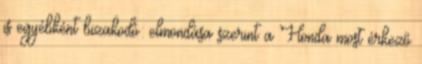
is egyébként bizakodó: elmondása szerint a Honda most érkező